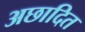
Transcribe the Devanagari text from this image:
अछादित